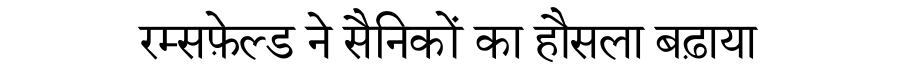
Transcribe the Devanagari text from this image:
रम्सफ़ेल्ड ने सैनिकों का हौसला बढ़ाया